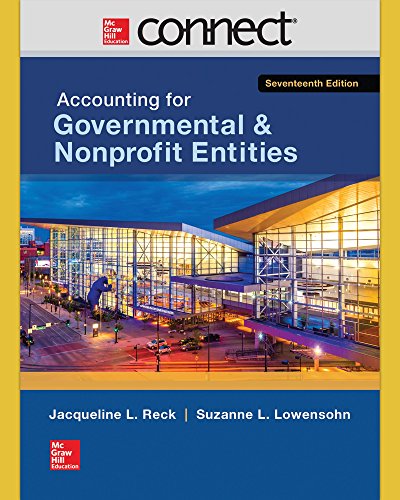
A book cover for Connect Access Card for Accounting for Governmental & Nonprofit Entities; Jacqueline Reck; Business & Money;